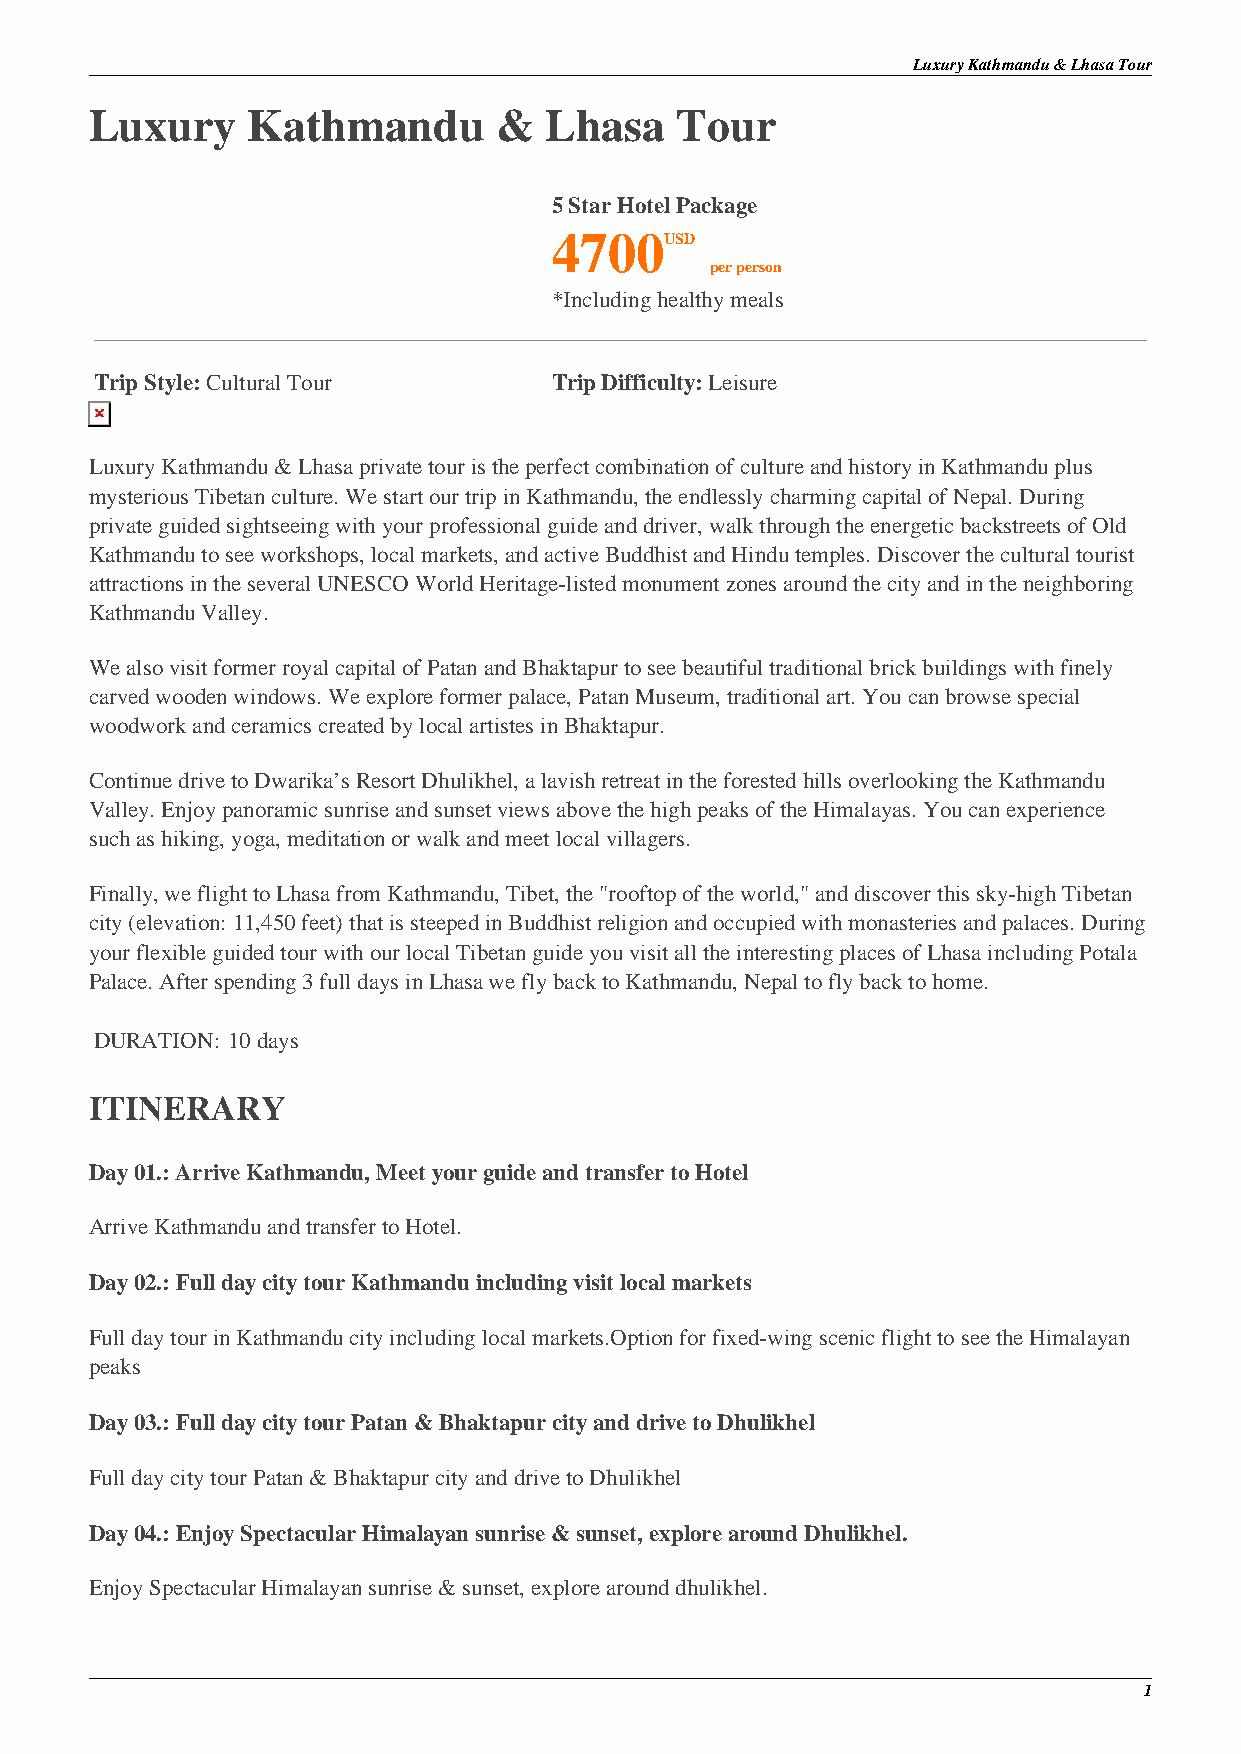
Luxury Kathmandu & Lhasa Tour
 Luxury    Kathmandu        &  Lhasa    Tour
 5 Star Hotel Package
 4700USD
 per person
 *Including healthy meals
 Trip Style: Cultural Tour      Trip Difficulty: Leisure
 Luxury Kathmandu & Lhasa private tour is the perfect combination of culture and history in Kathmandu plus
 mysterious Tibetan culture. We start our trip in Kathmandu, the endlessly charming capital of Nepal. During
 private guided sightseeing with your professional guide and driver, walk through the energetic backstreets of Old
 Kathmandu to see workshops, local markets, and active Buddhist and Hindu temples. Discover the cultural tourist
 attractions in the several UNESCO World Heritage-listed monument zones around the city and in the neighboring
 Kathmandu Valley.
 We also visit former royal capital of Patan and Bhaktapur to see beautiful traditional brick buildings with finely
 carved wooden windows. We explore former palace, Patan Museum, traditional art. You can browse special
 woodwork and ceramics created by local artistes in Bhaktapur.
 Continue drive to Dwarika’s Resort Dhulikhel, a lavish retreat in the forested hills overlooking the Kathmandu
 Valley. Enjoy panoramic sunrise and sunset views above the high peaks of the Himalayas. You can experience
 such as hiking, yoga, meditation or walk and meet local villagers.
 Finally, we flight to Lhasa from Kathmandu, Tibet, the "rooftop of the world," and discover this sky-high Tibetan
 city (elevation: 11,450 feet) that is steeped in Buddhist religion and occupied with monasteries and palaces. During
 your flexible guided tour with our local Tibetan guide you visit all the interesting places of Lhasa including Potala
 Palace. After spending 3 full days in Lhasa we fly back to Kathmandu, Nepal to fly back to home.
 DURATION: 10 days
 ITINERARY
 Day 01.: Arrive Kathmandu, Meet your guide and transfer to Hotel
 Arrive Kathmandu and transfer to Hotel.
 Day 02.: Full day city tour Kathmandu including visit local markets
 Full day tour in Kathmandu city including local markets.Option for fixed-wing scenic flight to see the Himalayan
 peaks
 Day 03.: Full day city tour Patan & Bhaktapur city and drive to Dhulikhel
 Full day city tour Patan & Bhaktapur city and drive to Dhulikhel
 Day 04.: Enjoy Spectacular Himalayan sunrise & sunset, explore around Dhulikhel.
 Enjoy Spectacular Himalayan sunrise & sunset, explore around dhulikhel.
 1